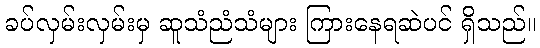
ခပ်လှမ်းလှမ်းမှ ဆူသံညံသံများ ကြားနေရဆဲပင် ရှိသည်။